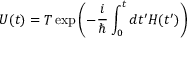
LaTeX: U ( t ) = { \cal T } \exp { \left( - \frac { i } { \hbar } \int _ { 0 } ^ { t } d t ^ { \prime } H ( t ^ { \prime } ) \right) }